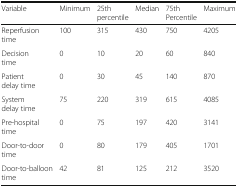
<table><thead><tr><td><b>Variable</b></td><td><b>Minimum</b></td><td><b>25th percentile</b></td><td><b>Median</b></td><td><b>75th Percentile</b></td><td><b>Maximum</b></td></tr></thead><tbody><tr><td>Reperfusion time</td><td>100</td><td>315</td><td>430</td><td>750</td><td>4205</td></tr><tr><td>Decision time</td><td>0</td><td>10</td><td>20</td><td>60</td><td>840</td></tr><tr><td>Patient delay time</td><td>0</td><td>30</td><td>45</td><td>140</td><td>870</td></tr><tr><td>System delay time</td><td>75</td><td>220</td><td>319</td><td>615</td><td>4085</td></tr><tr><td>Pre-hospital time</td><td>0</td><td>75</td><td>197</td><td>420</td><td>3141</td></tr><tr><td>Door-to-door time</td><td>0</td><td>80</td><td>179</td><td>405</td><td>1701</td></tr><tr><td>Door-to-balloon time</td><td>42</td><td>81</td><td>125</td><td>212</td><td>3520</td></tr></tbody></table>